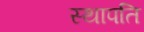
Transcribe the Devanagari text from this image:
स्‍थापति